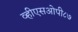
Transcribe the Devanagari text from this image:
व्हीएसओपी८७